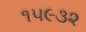
૧૫૯૩૨